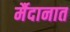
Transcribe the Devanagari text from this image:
र्मैदानात